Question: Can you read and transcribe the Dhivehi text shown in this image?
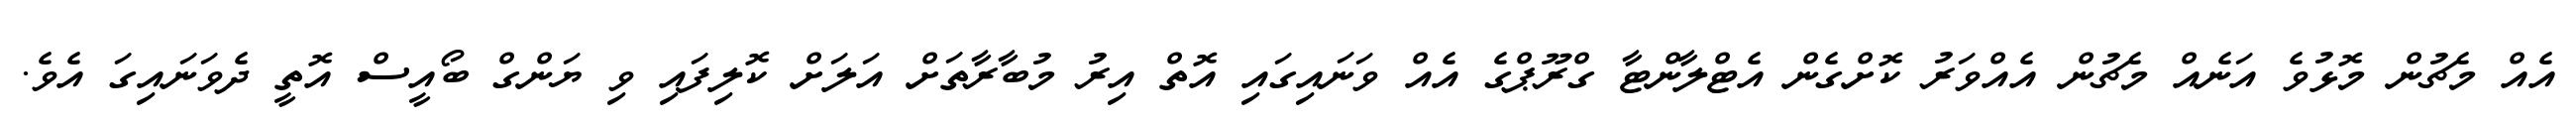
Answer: އެއް މެޗުން މޮޅުވެ އަނެއް މެޗުން އެއްވަރު ކޮށްގެން އެޓްލާންޓާ ގްރޫޕްގެ އެއް ވަނައިގައި އޮތް އިރު މުބާރާތަށް އަލަށް ކޮލިފައި ވި ޔަންގް ބޯއީސް އޮތީ ދެވަނައިގަ އެވެ.